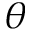
\theta